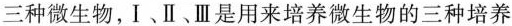
三种微生物，I﹑Ⅱ、Ⅲ是用来培养微生物的三种培养